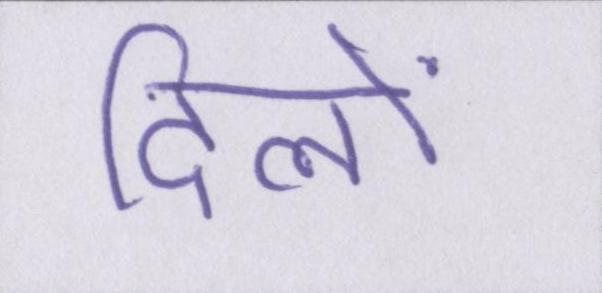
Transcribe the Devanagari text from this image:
दिलों